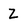
Character: Z